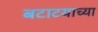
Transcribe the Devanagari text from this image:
बटाटयाच्या